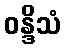
ဝန္ဒိသံ